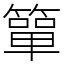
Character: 簞